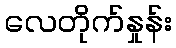
လေတိုက်နှုန်း